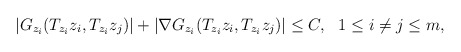
\begin{align*}|G_{z_i}(T_{z_i}z_i, T_{z_i}z_j)|+|\nabla G_{z_i}(T_{z_i}z_i, T_{z_i}z_j)|\le C, \ \ 1\leq i\neq j\leq m,\end{align*}